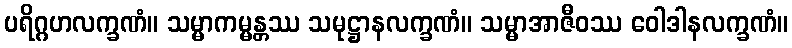
ပရိဂ္ဂဟလက္ခဏံ။ သမ္မာကမ္မန္တဿ သမုဋ္ဌာနလက္ခဏံ။ သမ္မာအာဇီဝဿ ဝေါဒါနလက္ခဏံ။